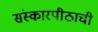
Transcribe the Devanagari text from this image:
संस्कारपीठाची